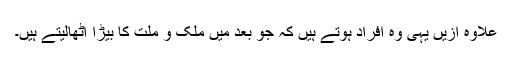
علاوہ ازیں یہی وہ افراد ہوتے ہیں کہ جو بعد میں ملک و ملت کا بیڑا اٹھالیتے ہیں۔